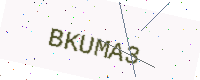
Text: BKUMA3